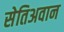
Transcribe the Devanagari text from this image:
सेतिअवान